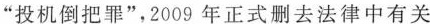
”投机倒把罪”，2009年正式删去法律中有关